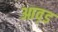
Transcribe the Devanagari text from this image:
आव़ड